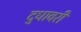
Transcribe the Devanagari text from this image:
दुधावरी